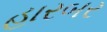
હારબર